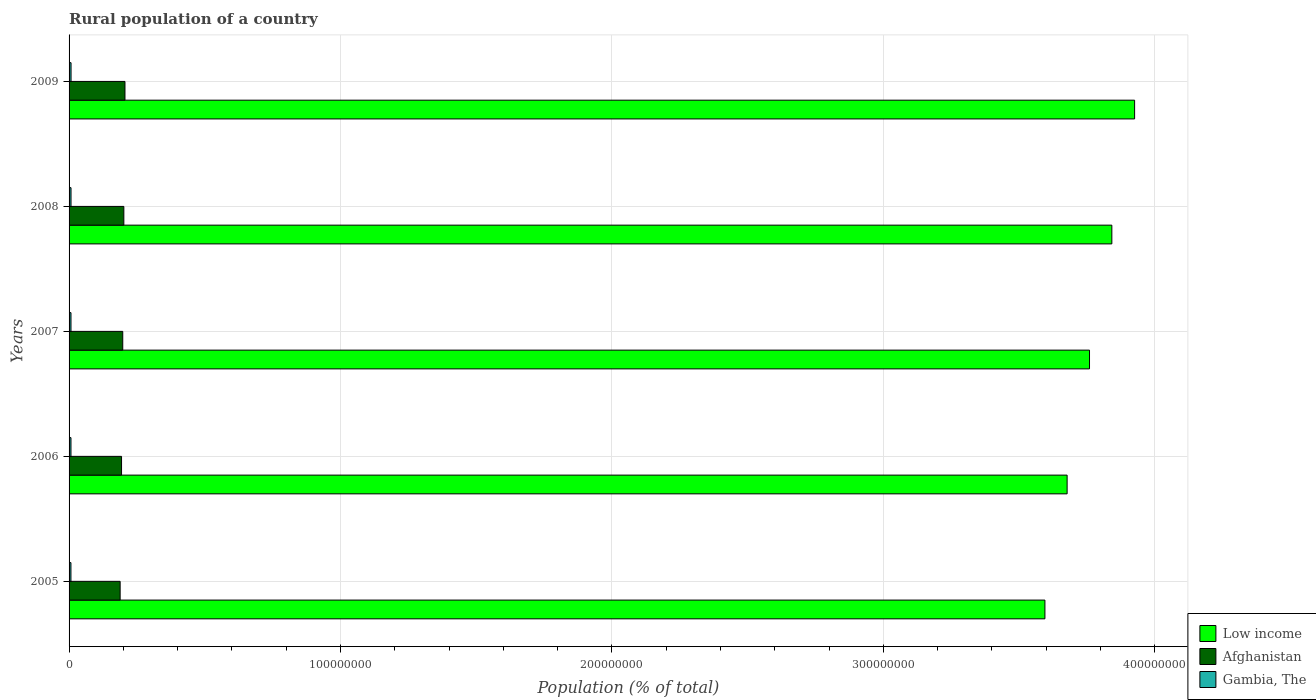
| Years | Low income | Afghanistan | Gambia, The |
 | --- | --- | --- | --- |
 | 2005 | 3.6e+08 | 1.88e+07 | 6.87e+05 |
 | 2006 | 3.68e+08 | 1.93e+07 | 6.97e+05 |
 | 2007 | 3.76e+08 | 1.98e+07 | 7.07e+05 |
 | 2008 | 3.84e+08 | 2.02e+07 | 7.17e+05 |
 | 2009 | 3.93e+08 | 2.06e+07 | 7.28e+05 |